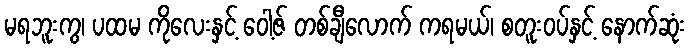
မရဘူးကွ၊ ပထမ ကိုလေးနှင့် ဝေါ့ဇ် တစ်ချီလောက် ကရမယ်၊ စတူးဝပ်နှင့် နောက်ဆုံး